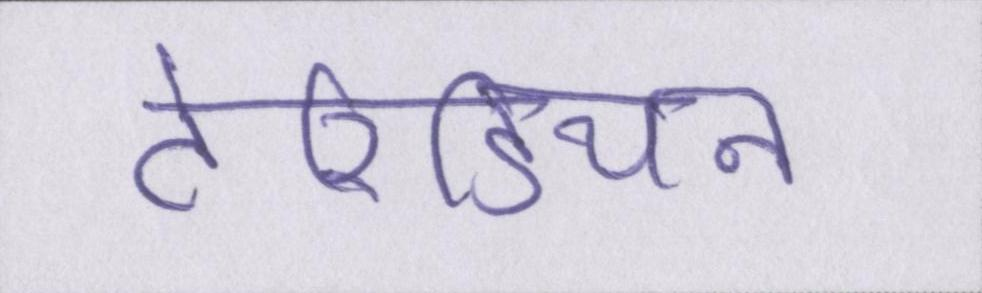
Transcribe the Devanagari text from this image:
टेरिडियन